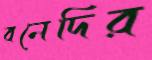
বনেদির